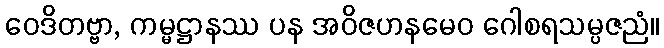
ဝေဒိတဗ္ဗာ, ကမ္မဋ္ဌာနဿ ပန အဝိဇဟနမေဝ ဂေါစရသမ္ပဇညံ။